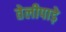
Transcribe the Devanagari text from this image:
तेलीपाड़े